Vaccination North-Western Provinces and Oudh 1878-1895 - 1878-1895
Year: 1878
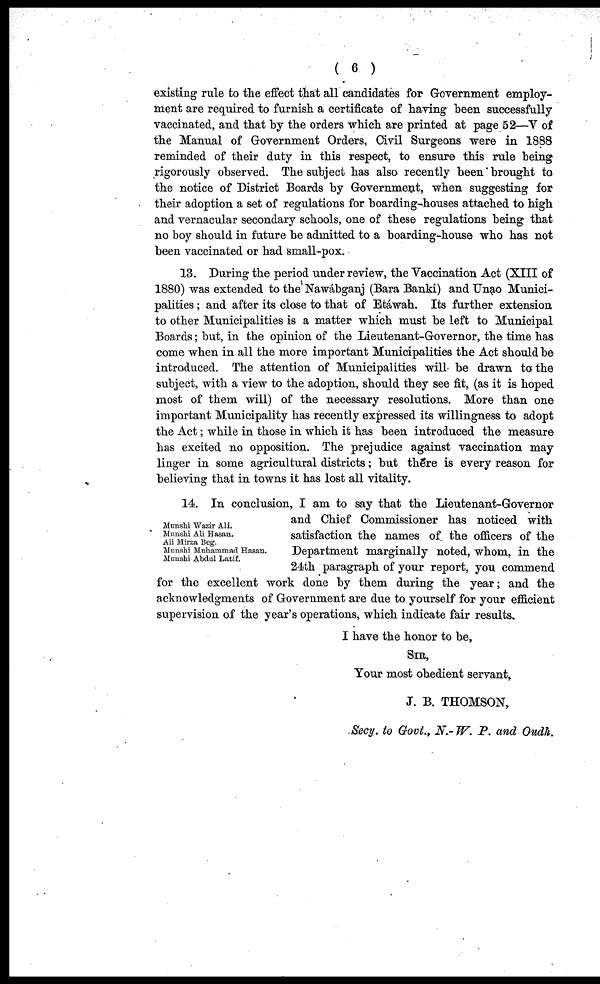
( 6 )
existing rule to the effect that all candidates for Government employ-
ment are required to furnish a certificate of having been successfully
vaccinated, and that by the orders which are printed at page 52—V of
the Manual of Government Orders, Civil Surgeons were in 1888
reminded of their duty in this respect, to ensure this rule being
rigorously observed. The subject has also recently been brought to
the notice of District Boards by Government, when suggesting for
their adoption a set of regulations for boarding-houses attached to high
and vernacular secondary schools, one of these regulations being that
no boy should in future be admitted to a boarding-house who has not
been vaccinated or had small-pox.
13. During the period under review, the Vaccination Act (XIII of
1880) was extended to the Nawábganj (Bara Banki) and Unao Munici-
palities ; and after its close to that of Etáwah. Its further extension
to other Municipalities is a matter which must be left to Municipal
Boards; but, in the opinion of the Lieutenant-Governor, the time has
come when in all the more important Municipalities the Act should be
introduced. The attention of Municipalities will be drawn to the
subject, with a view to the adoption, should they see fit, (as it is hoped
most of them will) of the necessary resolutions. More than one
important Municipality has recently expressed its willingness to adopt
the Act; while in those in which it has been introduced the measure
has excited no opposition. The prejudice against vaccination may
linger in some agricultural districts; but there is every reason for
believing that in towns it has lost all vitality.
Munshi Wazir Ali.
Munshi Ali Hasan.
Ali Mirza Beg.
Munshi Muhammad Hasan.
Munshi Abdul Latif.
14. In conclusion, I am to say that the Lieutenant-Governor
and Chief Commissioner has noticed with
satisfaction the names of the officers of the
Department marginally noted, whom, in the
24th paragraph of your report, you commend
for the excellent work done by them during the year; and the
acknowledgments of Government are due to yourself for your efficient
supervision of the year's operations, which indicate fair results.
I have the honor to be,
SIR,
Your most obedient servant,
J. B. THOMSON,
Secy. to Govt., N.-W. P. and Oudh.